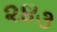
૨૪૩